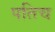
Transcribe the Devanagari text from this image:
पतिच